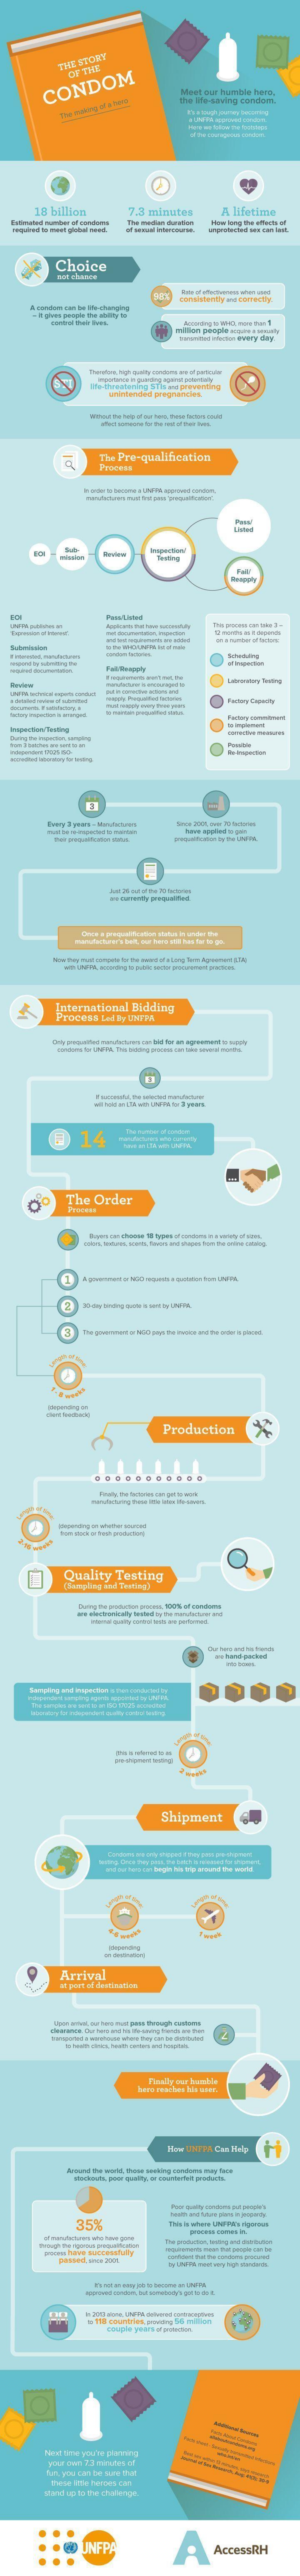
THE STORY
     CONDOM    Meet our humble hero,
     the He-saving concore.
    18 billion 7.3 minutes A lifetime
     Choice
     nat chance
     The Pre-qualification
     PIECEN
     ---
     -----
  .-
  -----
  --    y
     -----
     International Bidding
     Process Led By UNFRA
     @  14
     The Order
     Production
     Quality Testing
     (Bangling and Treting)
     ------
     ww hand pastell
     Shipment
     --
     Arrival
     or part of destination
     2
     -------
     35%
     UNFP    AccessRH